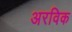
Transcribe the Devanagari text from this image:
अरविक